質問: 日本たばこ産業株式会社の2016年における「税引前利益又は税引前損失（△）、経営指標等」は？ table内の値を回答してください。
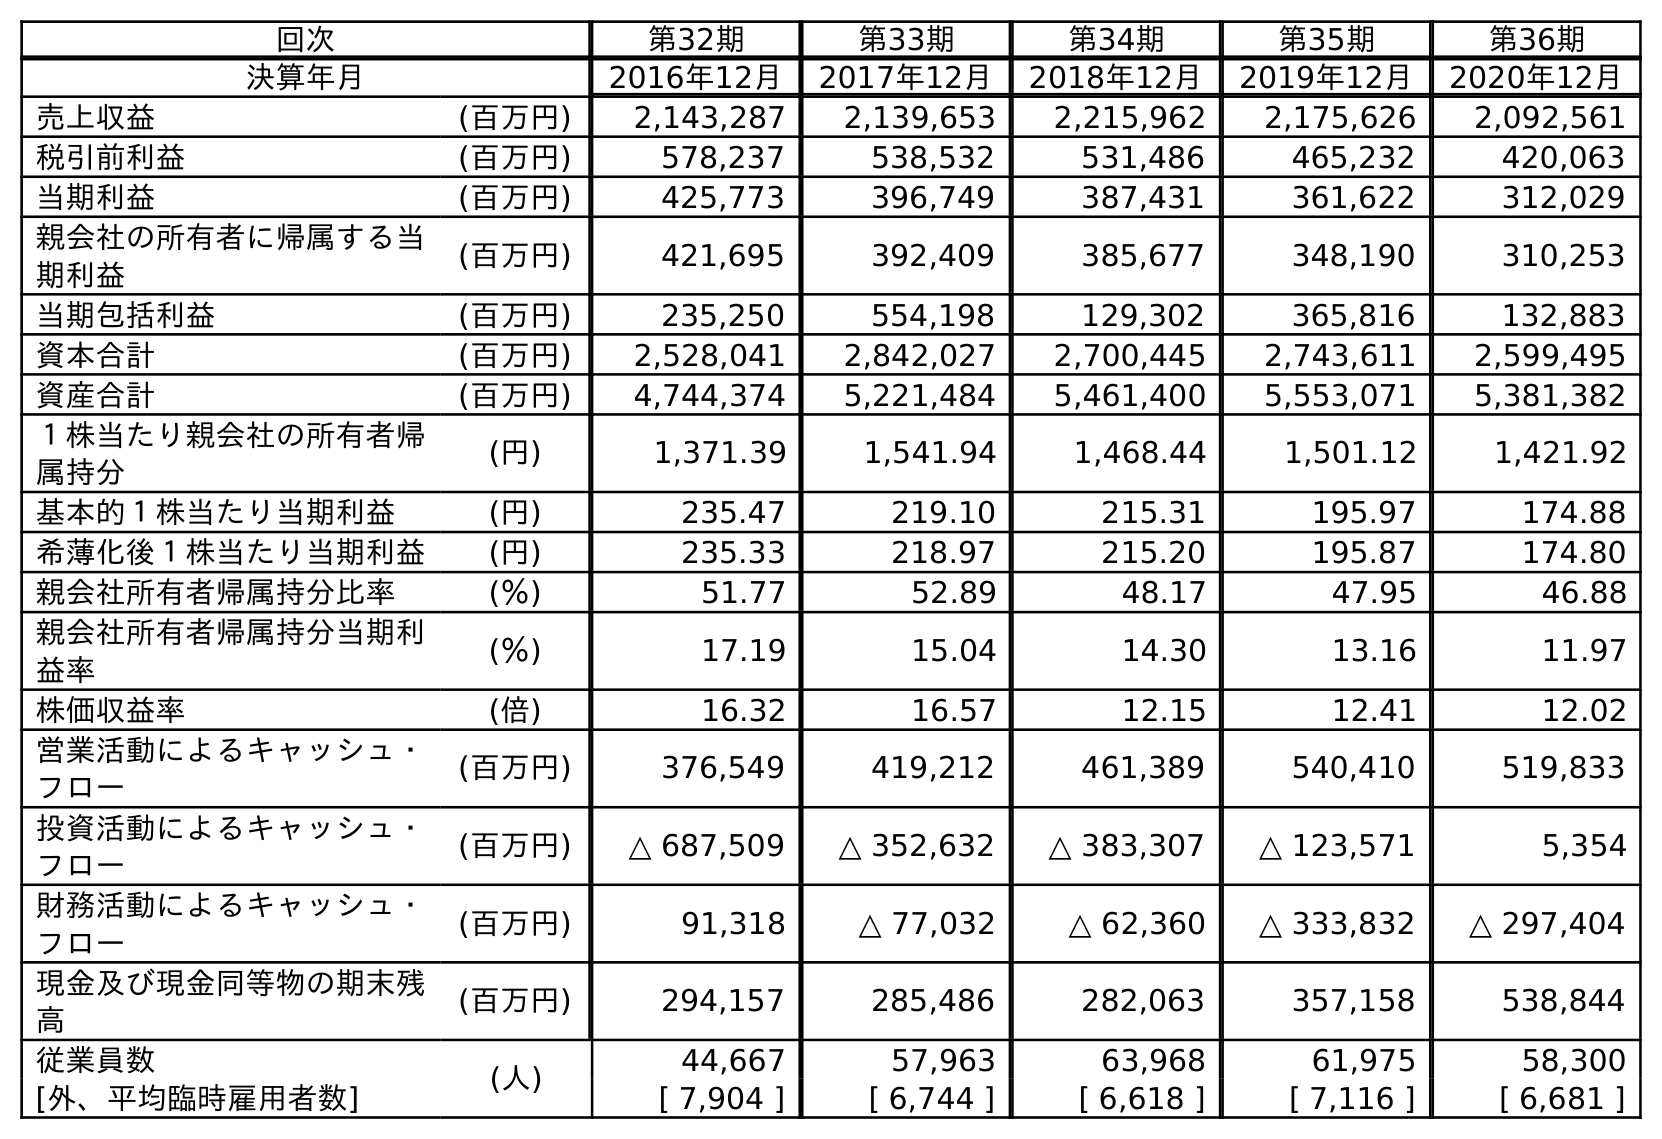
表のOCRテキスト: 回次 第32期 第33期 第34期 第35期 第36期 決算年月 2016年12月 2017年12月 2018年12月 2019年12月 2020年12月 売上収益 (百万円) 2,143,287 2,139,653 2,215,962 2,175,626 2,092,561 税引前利益 (百万円) 578,237 538,532 531,486 465,232 420,063 当期利益 (百万円) 425,773 396,749 387,431 361,622 312,029 親会社の所有者に帰属する当 期利益 (百万円) 421,695 392,409 385,677 348,190 310,253 当期包括利益 (百万円) 235,250 554,198 129,302 365,816 132,883 資本合計 (百万円) 2,528,041 2,842,027 2,700,445 2,743,611 2,599,495 資産合計 (百万円) 4,744,374 5,221,484 5,461,400 5,553,071 5,381,382 １株当たり親会社の所有者帰 属持分 (円) 1,371.39 1,541.94 1,468.44 1,501.12 1,421.92 基本的１株当たり当期利益 (円) 235.47 219.10 215.31 195.97 174.88 希薄化後１株当たり当期利益 (円) 235.33 218.97 215.20 195.87 174.80 親会社所有者帰属持分比率 (％) 51.77 52.89 48.17 47.95 46.88 親会社所有者帰属持分当期利 益率 (％) 17.19 15.04 14.30 13.16 11.97 株価収益率 (倍) 16.32 16.57 12.15 12.41 12.02 営業活動によるキャッシュ・ フロー (百万円) 376,549 419,212 461,389 540,410 519,833 投資活動によるキャッシュ・ フロー (百万円) △ 687,509 △ 352,632 △ 383,307 △ 123,571 5,354 財務活動によるキャッシュ・ フロー (百万円) 91,318 △ 77,032 △ 62,360 △ 333,832 △ 297,404 現金及び現金同等物の期末残 高 (百万円) 294,157 285,486 282,063 357,158 538,844 従業員数 (人) 44,667 57,963 63,968 61,975 58,300 [外、平均臨時雇用者数] [ 7,904 ] [ 6,744 ] [ 6,618 ] [ 7,116 ] [ 6,681 ]
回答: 578,237